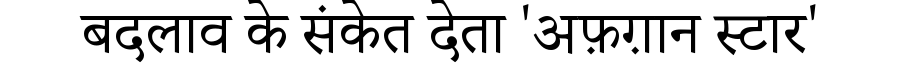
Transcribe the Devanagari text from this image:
बदलाव के संकेत देता 'अफ़ग़ान स्टार'